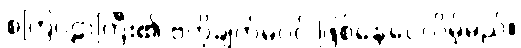
စကြဝဠာကြီး၏ ဗဟိုချက်မပင် ဖြစ်နေပေလိမ့်မည်။